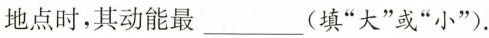
地点时，其动能最___(填”大”或”小”).